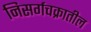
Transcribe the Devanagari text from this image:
निसर्गचक्रातील